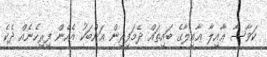
ކަވާސާ ޢާއިލާ ޢާއިލާގެ ބައިތައް ދެމަފިރިން އަންބަކު އެހެން ފިރިހެނެއް ދެކެ